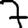
Digit: 7